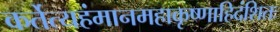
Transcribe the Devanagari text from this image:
कर्तेत्यहंमानमहाकृष्णाहिदंशितः